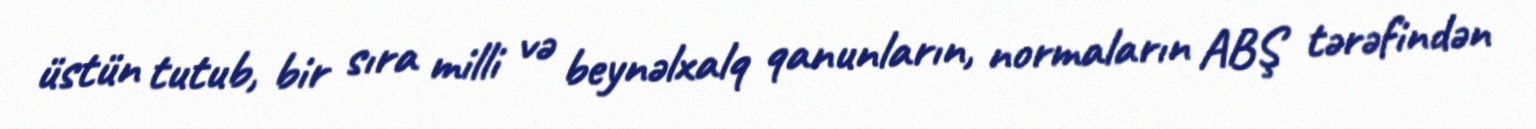
üstün tutub, bir sıra milli və beynəlxalq qanunların, normaların ABŞ tərəfindən